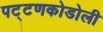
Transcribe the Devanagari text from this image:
पट्टणकोडोली